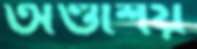
অণ্ডাশয়